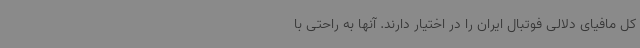
کل مافیای دلالی فوتبال ایران را در اختیار دارند. آنها به راحتی با